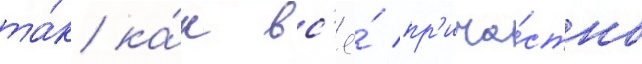
та́к ка́к вс'ё́ пр'ича́стно